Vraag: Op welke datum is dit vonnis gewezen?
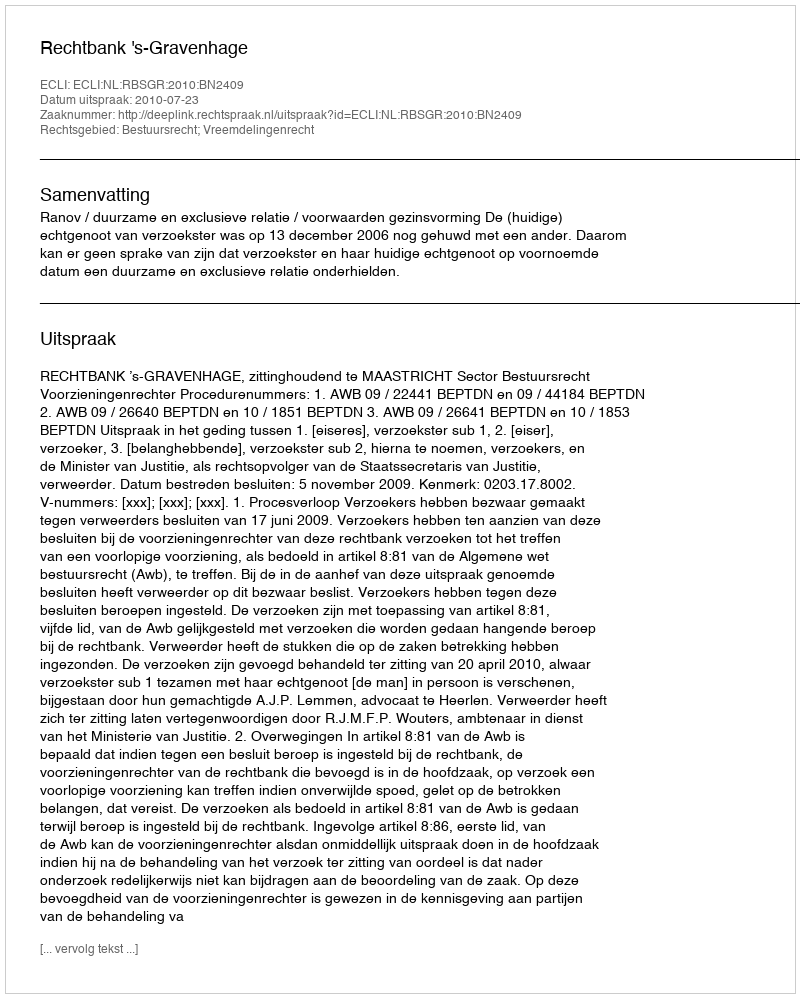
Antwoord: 2010-07-23